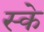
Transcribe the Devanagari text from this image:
स्के